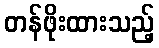
တန်ဖိုးထားသည့်